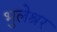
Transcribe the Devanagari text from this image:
भुलेश्रर